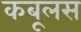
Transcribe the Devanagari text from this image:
कबूलस